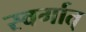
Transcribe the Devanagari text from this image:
स्वर्गात्